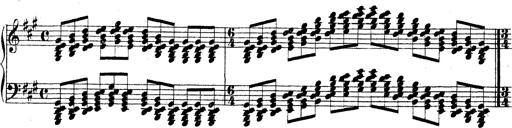
Title: Technische Studien
Composer: Franz Liszt